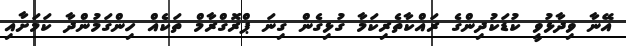
އޭނާ ވިދާޅުވީ ކުޑަކުދިންގެ ރައްކާތެރިކަމާ ގުޅިގެން ގިނަ ޕްރޮގްރާމް ތަކެއް ހިންގަމުންދާ ކަމަށާއި